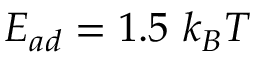
E _ { a d } = 1 . 5 ~ k _ { B } T